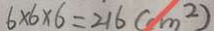
6 \times 6 \times 6 = 2 1 6 ( c m ^ { 2 } )